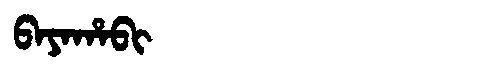
Manchu: ᠪᠠᠶᠠᡥᠠᠪᡳ
Romanization: BAYAHABI